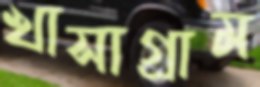
খাসাগ্রাম